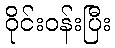
ဝိုင်းဝန်းပြီး